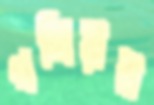
গলিয়ারা